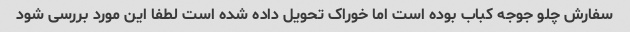
سفارش چلو جوجه کباب بوده است اما خوراک تحویل داده شده است لطفا این مورد بررسی شود